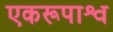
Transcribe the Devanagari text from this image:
एकरूपाश्व